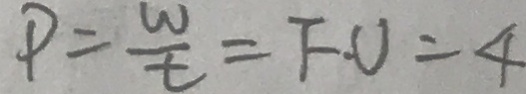
P = \frac { w } { t } = F \cdot U = 4